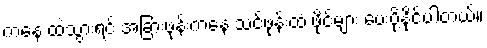
ကနေ ထဲသွားရင် အခြားဖုန်းကနေ သင့်ဖုန်းထံ ဖိုင်များ ပေးပို့နိုင်ပါတယ်။